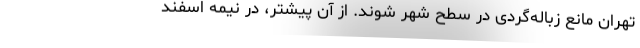
تهران مانع زباله‌گردی در سطح شهر شوند. از آن پیشتر، در نیمه اسفند